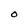
Character: O